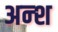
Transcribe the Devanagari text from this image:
अन्श